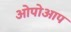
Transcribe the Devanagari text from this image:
ओपोआप